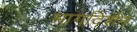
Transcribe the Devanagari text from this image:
मागदिर्शन